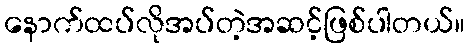
နောက်ထပ်လိုအပ်တဲ့အဆင့်ဖြစ်ပါတယ်။